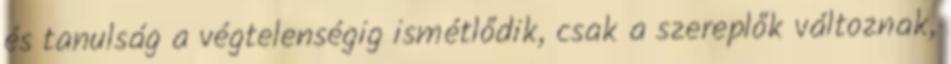
és tanulság a végtelenségig ismétlődik, csak a szereplők változnak,